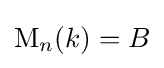
\operatorname {M} _{n}(k)=B